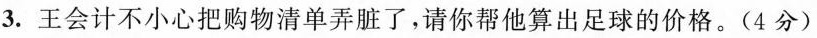
3.王会计不小心把购物清单弄脏了，请你帮他算出足球的价格。(4分)